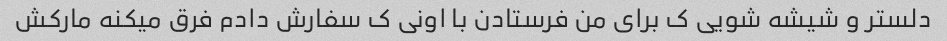
دلستر و شیشه شویی ک برای من فرستادن با اونی ک سفارش دادم فرق میکنه مارکش